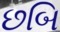
છબિ